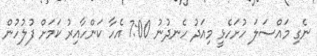
ނެގި މައްސަލަ ހުށަހެޅީ މިއަދު ހެނދުނު 7:00 އެހާ ކަންހާއިރު ކަމަށް ފުލުހުން